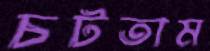
চটতাম